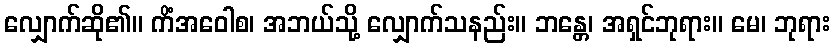
လျှောက်ဆို၏။ ကိံအဝေါစ၊ အဘယ်သို့ လျှောက်သနည်း။ ဘန္တေ၊ အရှင်ဘုရား။ မေ၊ ဘုရား